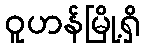
ဝူဟန်မြို့ရှိ